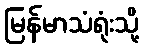
မြန်မာသံရုံးသို့